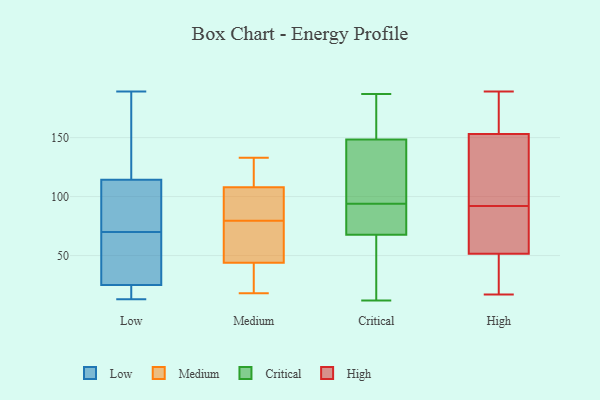
{"axis": {"x": "Churn Rate (%)", "y": "Value"}, "legend": ["Critical", "High", "Low", "Medium"], "data": [{"x": "", "y": 20, "type": "Low"}, {"x": "", "y": 84, "type": "Low"}, {"x": "", "y": 33, "type": "Low"}, {"x": "", "y": 70, "type": "Low"}, {"x": "", "y": 118, "type": "Low"}, {"x": "", "y": 101, "type": "Low"}, {"x": "", "y": 142, "type": "Low"}, {"x": "", "y": 62, "type": "Low"}, {"x": "", "y": 13, "type": "Low"}, {"x": "", "y": 14, "type": "Low"}, {"x": "", "y": 156, "type": "Low"}, {"x": "", "y": 103, "type": "Low"}, {"x": "", "y": 43, "type": "Low"}, {"x": "", "y": 23, "type": "Low"}, {"x": "", "y": 71, "type": "Low"}, {"x": "", "y": 143, "type": "Low"}, {"x": "", "y": 23, "type": "Low"}, {"x": "", "y": 189, "type": "Low"}, {"x": "", "y": 31, "type": "Low"}, {"x": "", "y": 47, "type": "Medium"}, {"x": "", "y": 133, "type": "Medium"}, {"x": "", "y": 44, "type": "Medium"}, {"x": "", "y": 67, "type": "Medium"}, {"x": "", "y": 24, "type": "Medium"}, {"x": "", "y": 18, "type": "Medium"}, {"x": "", "y": 103, "type": "Medium"}, {"x": "", "y": 108, "type": "Medium"}, {"x": "", "y": 120, "type": "Medium"}, {"x": "", "y": 92, "type": "Medium"}, {"x": "", "y": 187, "type": "Critical"}, {"x": "", "y": 61, "type": "Critical"}, {"x": "", "y": 158, "type": "Critical"}, {"x": "", "y": 94, "type": "Critical"}, {"x": "", "y": 12, "type": "Critical"}, {"x": "", "y": 88, "type": "Critical"}, {"x": "", "y": 151, "type": "Critical"}, {"x": "", "y": 94, "type": "Critical"}, {"x": "", "y": 140, "type": "Critical"}, {"x": "", "y": 141, "type": "Critical"}, {"x": "", "y": 33, "type": "Critical"}, {"x": "", "y": 82, "type": "High"}, {"x": "", "y": 56, "type": "High"}, {"x": "", "y": 189, "type": "High"}, {"x": "", "y": 186, "type": "High"}, {"x": "", "y": 102, "type": "High"}, {"x": "", "y": 137, "type": "High"}, {"x": "", "y": 38, "type": "High"}, {"x": "", "y": 136, "type": "High"}, {"x": "", "y": 144, "type": "High"}, {"x": "", "y": 17, "type": "High"}, {"x": "", "y": 70, "type": "High"}, {"x": "", "y": 18, "type": "High"}, {"x": "", "y": 162, "type": "High"}, {"x": "", "y": 47, "type": "High"}, {"x": "", "y": 166, "type": "High"}, {"x": "", "y": 75, "type": "High"}]}